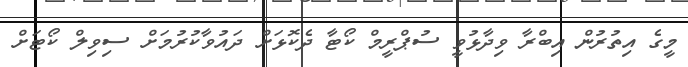
މީގެ އިތުރުން އިބްރާ ވިދާޅުވީ ސުޕްރީމް ކޯޓާ ދެކޮޅަށް ދައުވާކުރުމަށް ސިވިލް ކޯޓަށް